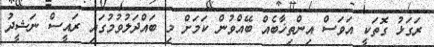
ރަގަޅު ގޮތަކީ އަވަސް އިންތިޚާބެއް ބޭއްވުން ކަމަށް މި ބައްދަލުވުމުގައި ރައީސް ނަޝީދު